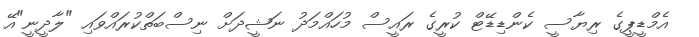
އެމްޑީޕީގެ ރިޔާސީ ކެންޑިޑޭޓް ކުރީގެ ރައީސް މުހައްމަދު ނަޝީދަށް ނިސްބަތްކުރައްވައި "ލާދީނީ"އޭ